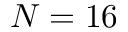
N = 1 6